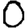
Digit: 0